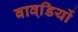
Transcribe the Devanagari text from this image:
बावडि़यों